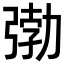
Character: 𭚺